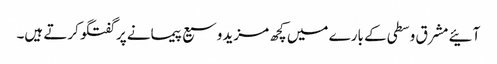
آئیے مشرق وسطی کے بارے میں کچھ مزید وسیع پیمانے پر گفتگو کرتے ہیں۔